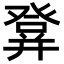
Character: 𤼷